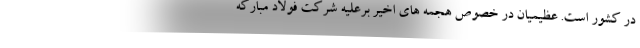
در کشور است. عظیمیان در خصوص هجمه های اخیر برعلیه شرکت فولاد مبارکه